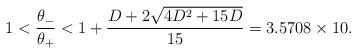
LaTeX: \begin{align*}1 < \frac{\theta_-}{\theta_+} < 1+ \frac{D+2\sqrt{4D^2+15D}}{15} = 3.5708 \times 10.\end{align*}